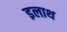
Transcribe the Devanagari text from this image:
इलाथ